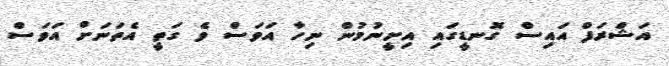
އަޝްރަފް އައިސް ގޮނޑީގައި އިށީނުމުން ނިހާ އަވަސް ވެ ގަތީ އެތަނަށް އަވަސް